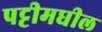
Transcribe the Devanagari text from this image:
पट्टीमधील